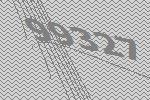
99327